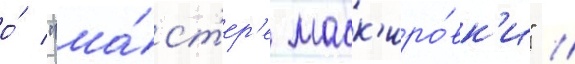
о́ "ма́ст'ер'е маск'иро́вк'и" /